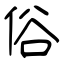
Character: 俗